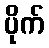
ပိုက်